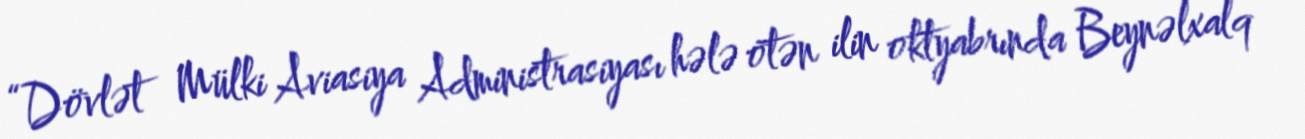
“Dövlət Mülki Aviasiya Administrasiyası hələ ötən ilin oktyabrında Beynəlxalq